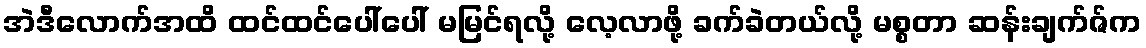
အဲဒီလောက်အထိ ထင်ထင်ပေါ်ပေါ် မမြင်ရလို့ လေ့လာဖို့ ခက်ခဲတယ်လို့ မစ္စတာ ဆန်းချက်ဇ်က